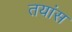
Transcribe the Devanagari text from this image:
तयांस